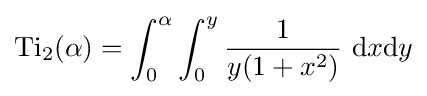
{\text{Ti}}_{2}(\alpha )=\int _{0}^{\alpha }\int _{0}^{y}{\frac {1}{y(1+x^{2})}}\ \mathrm {d} x\mathrm {d} y